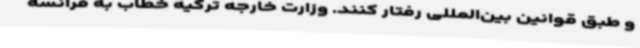
و طبق قوانین بین‌المللی رفتار کنند. وزارت خارجه ترکیه خطاب به فرانسه